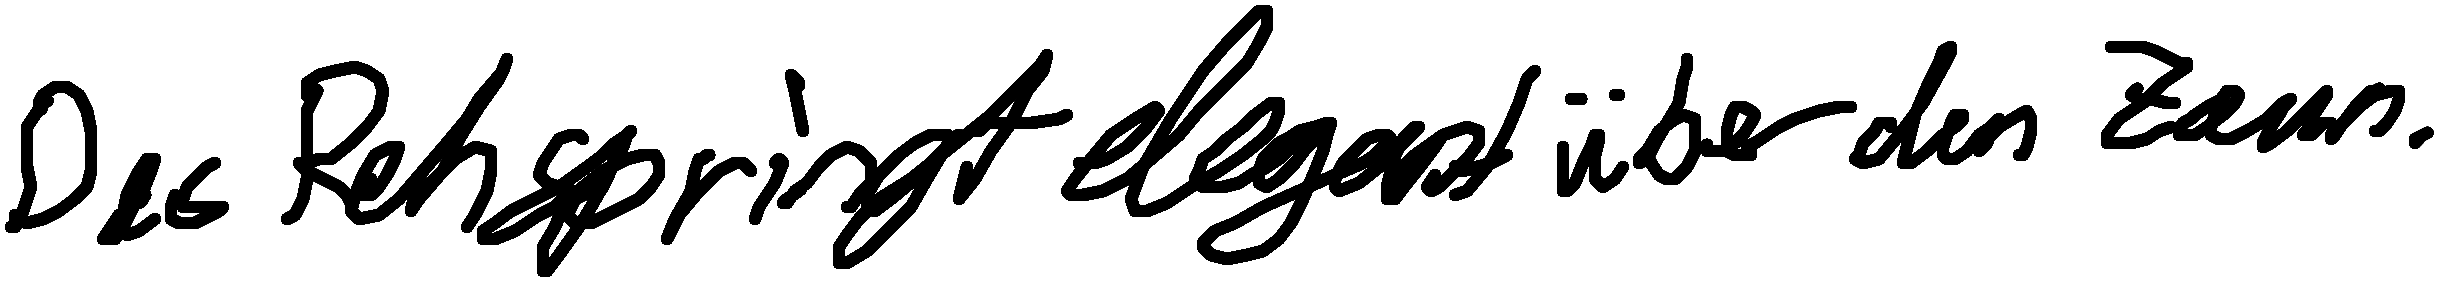
Das Reh springt elegant über den Zaun.